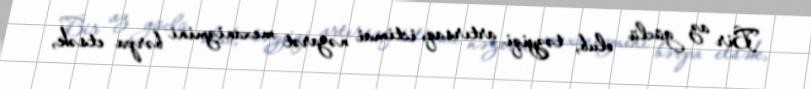
Bir az güclü olub, təzyiqi artırsaq, ictimai nəzarət mexanizmini bərpa etsək,